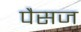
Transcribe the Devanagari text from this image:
पैसज